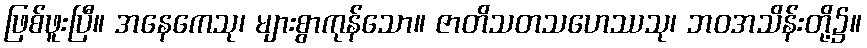
ဖြစ်ဖူးပြီ။ အနေကေသု၊ များစွာကုန်သော။ ဇာတိသတသဟေဿသု၊ ဘဝအသိန်းတို့၌။